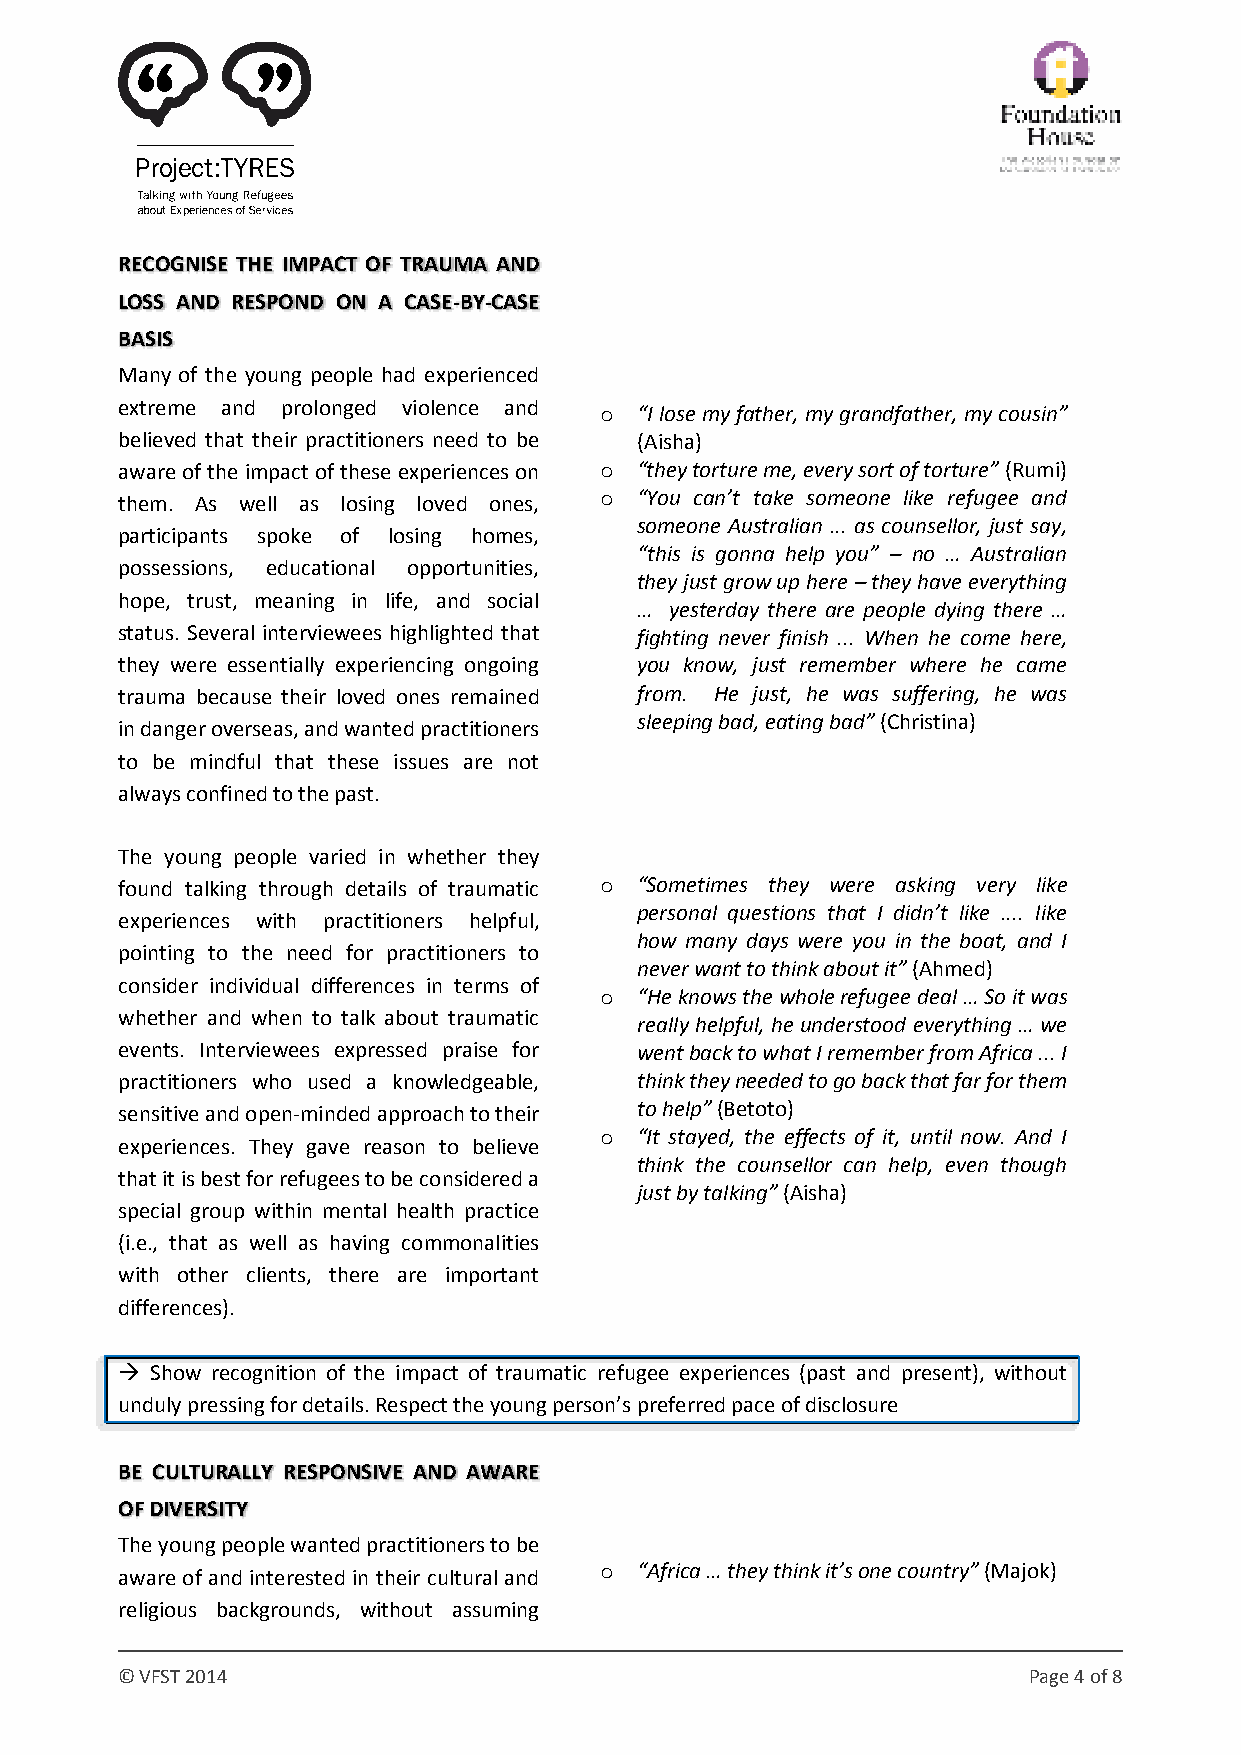
RECOGNISE THE IMPACT OF TRAUMA AND
 LOSS AND RESPOND ON A CASE-BY-CASE
 BASIS
 Many of the young people had experienced
 extreme and prolonged violence and o “I lose my father, my grandfather, my cousin”
 believed that their practitioners need to be (Aisha)
 aware of the impact of these experiences on o “they torture me, every sort of torture” (Rumi)
 them. As well as losing loved ones, o “You can’t take someone like refugee and
 someone Australian ... as counsellor, just say,
 participants spoke of losing homes,
 “this is gonna help you” – no … Australian
 possessions, educational opportunities,
 they just grow up here – they have everything
 hope, trust, meaning in life, and social
 … yesterday there are people dying there …
 status. Several interviewees highlighted that fighting never finish ... When he come here,
 they were essentially experiencing ongoing you know, just remember where he came
 trauma because their loved ones remained from. He just, he was suffering, he was
 in danger overseas, and wanted practitioners sleeping bad, eating bad” (Christina)
 to be mindful that these issues are not
 always confined to the past.
 The young people varied in whether they
 found talking through details of traumatic o “Sometimes they were asking very like
 experiences with practitioners helpful, personal questions that I didn’t like .... like
 how many days were you in the boat, and I
 pointing to the need for practitioners to
 never want to think about it” (Ahmed)
 consider individual differences in terms of
 o “He knows the whole refugee deal … So it was
 whether and when to talk about traumatic
 really helpful, he understood everything … we
 events. Interviewees expressed praise for went back to what I remember from Africa ... I
 practitioners who used a knowledgeable, think they needed to go back that far for them
 sensitive and open-minded approach to their to help” (Betoto)
 o “It stayed, the effects of it, until now. And I
 experiences. They gave reason to believe
 think the counsellor can help, even though
 that it is best for refugees to be considered a
 just by talking” (Aisha)
 special group within mental health practice
 (i.e., that as well as having commonalities
 with other clients, there are important
 differences).
  Show recognition of the impact of traumatic refugee experiences (past and present), without
 unduly pressing for details. Respect the young person’s preferred pace of disclosure
 BE CULTURALLY RESPONSIVE AND AWARE
 OF DIVERSITY
 The young people wanted practitioners to be
 aware of and interested in their cultural and o “Africa … they think it’s one country” (Majok)
 religious backgrounds, without assuming
 © VFST 2014                                                 Page 4 of 8